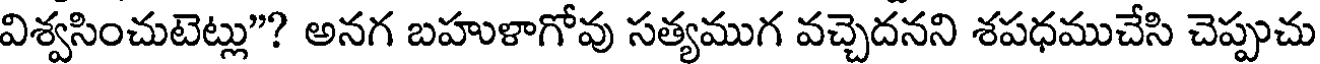
విశ్వసించుటెట్లు"? అనగ బహుళాగోవు సత్యముగ వచ్చెదనని శపధముచేసి చెప్పుచు